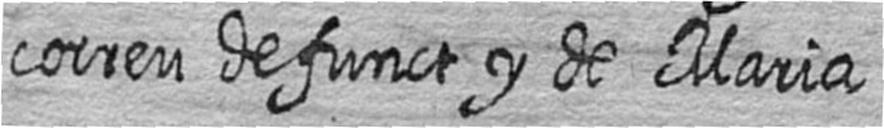
correu defunct y de Maria